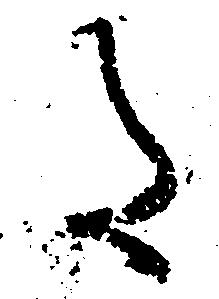
た